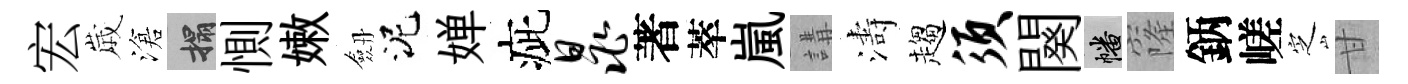
宏𡻕滄搨惻嫩劔泥婵疵晁著萃嵐講濤趨须闋幡窿鈵嵯㝎甘